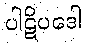
ပါဋိပဒေါ